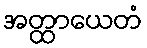
အတ္ထာယေတံ